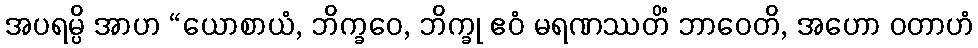
အပရမ္ပိ အာဟ “ယောစာယံ, ဘိက္ခဝေ, ဘိက္ခု ဧဝံ မရဏဿတိံ ဘာဝေတိ, အဟော ဝတာဟံ